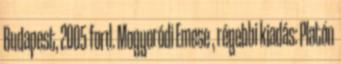
Budapest, 2005 ford. Mogyoródi Emese , régebbi kiadás: Platón